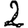
Digit: 2